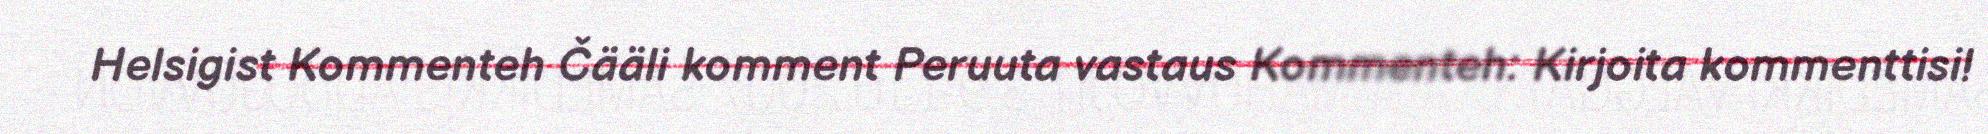
Helsigist Kommenteh Čääli komment Peruuta vastaus Kommenteh: Kirjoita kommenttisi!